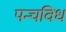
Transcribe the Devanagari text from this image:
पन्चविध